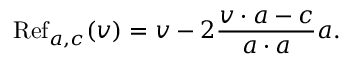
\operatorname { R e f } _ { a , c } ( v ) = v - 2 { \frac { v \cdot a - c } { a \cdot a } } a .